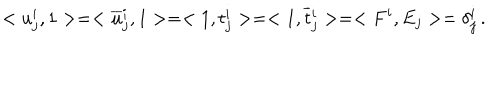
< u _ { j } ^ { i } , 1 > = < \overline { { { u } } } { } _ { j } ^ { i } , 1 > = < 1 , t _ { j } ^ { i } > = < 1 , \overline { { { t } } } { } _ { j } ^ { i } > = < F ^ { i } , E _ { j } > = \delta _ { j } ^ { i } \, .